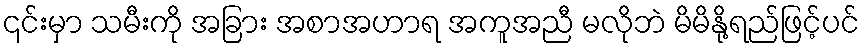
၎င်းမှာ သမီးကို အခြား အစာအဟာရ အကူအညီ မလိုဘဲ မိမိနို့ရည်ဖြင့်ပင်